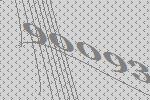
90093